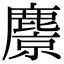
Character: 麖